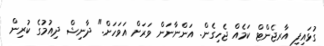
ގުޅައިފި އާރޖެންޓް ކަމެއް ޖެހިގެން. އަންނާނަން ވަރަށް އަވަހަށް." ދާނިޝް ދިއުމުގެ ކުރިން